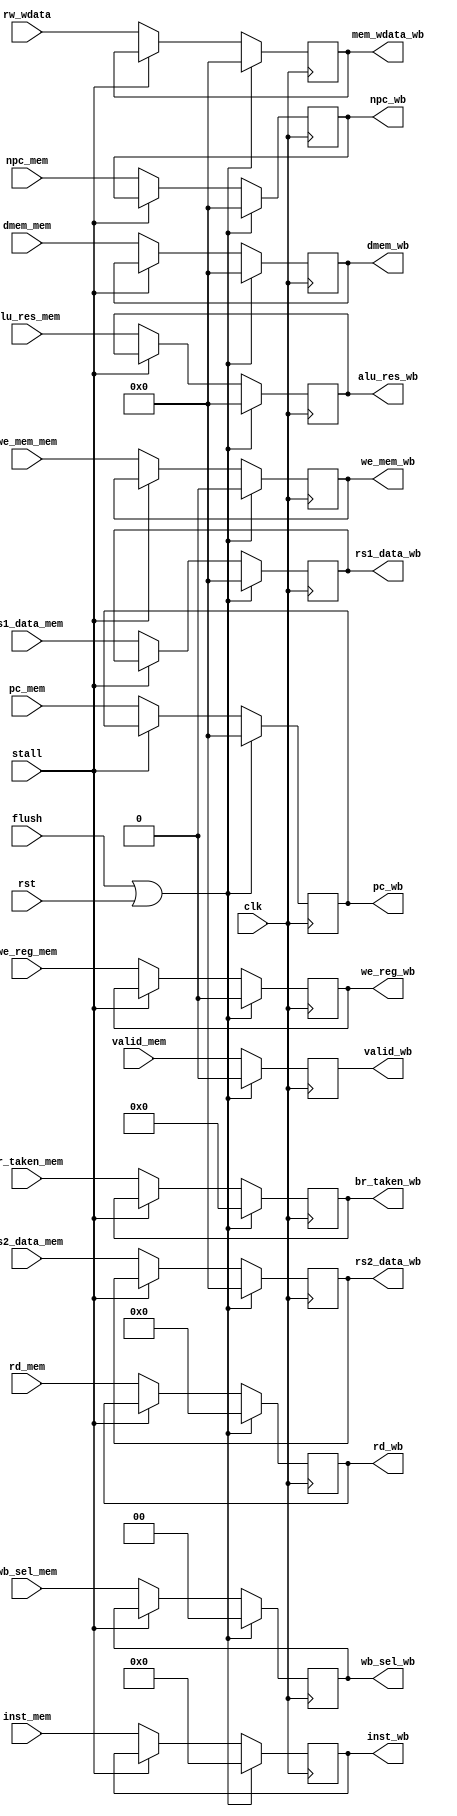
`timescale 1ns/1ps

module MEM_WB_Reg(
    input clk,
    input flush,
    input stall,
    input rst,
    input valid_mem,
    output reg valid_wb,
//
    input [63:0]pc_mem,
    input [63:0]npc_mem,
    input [31:0]inst_mem,
    output reg [63:0]pc_wb,   
    output reg [63:0]npc_wb,
    output reg [31:0]inst_wb,
//
    input we_reg_mem,
    input we_mem_mem,
    input [1:0]wb_sel_mem,
    input [3:0]br_taken_mem,
    output reg we_reg_wb,
    output reg we_mem_wb,
    output reg [1:0]wb_sel_wb,
    output reg [3:0]br_taken_wb,
//
    input [4:0]rd_mem,
    input [63:0]alu_res_mem,
    input [63:0]dmem_mem,
    input [63:0]rs1_data_mem,
    input [63:0]rs2_data_mem,
    input [63:0]rw_wdata,
    output reg [4:0]rd_wb,
    output reg [63:0]alu_res_wb,
    output reg [63:0]dmem_wb,
    output reg [63:0]rs1_data_wb,
    output reg [63:0]rs2_data_wb,
    output reg [63:0]mem_wdata_wb
);

    always @(posedge clk) begin
        if (flush || rst) begin  //
            pc_wb <= 0;
            npc_wb <= 0;
            inst_wb <= 0;
            valid_wb <= 0;
            
            we_reg_wb <= 0;
            we_mem_wb <= 0;
            wb_sel_wb <= 0;
            br_taken_wb <= 0;

            rd_wb <= 0;
            alu_res_wb <= 0;
            dmem_wb <= 0; 
            rs1_data_wb <= 0;
            rs2_data_wb <= 0;
            mem_wdata_wb <= 0;
        end
        else begin      //
            if (stall) begin
                pc_wb <= pc_wb;
                npc_wb <= npc_wb;
                inst_wb <= inst_wb;
                valid_wb <= valid_mem;
                
                we_reg_wb <= we_reg_wb;
                we_mem_wb <= we_mem_wb;
                wb_sel_wb <= wb_sel_wb;
                br_taken_wb <= br_taken_wb;

                rd_wb <= rd_wb;
                alu_res_wb <= alu_res_wb;
                dmem_wb <= dmem_wb; 
                rs1_data_wb <= rs1_data_wb;
                rs2_data_wb <= rs2_data_wb;      
                mem_wdata_wb <= mem_wdata_wb;     
            end
            else begin
                pc_wb <= pc_mem;
                npc_wb <= npc_mem;
                inst_wb <= inst_mem;
                valid_wb <= valid_mem;
                
                we_reg_wb <= we_reg_mem;
                we_mem_wb <= we_mem_mem;
                wb_sel_wb <= wb_sel_mem;
                br_taken_wb <= br_taken_mem;
                
                rd_wb <= rd_mem;
                alu_res_wb <= alu_res_mem;
                dmem_wb <= dmem_mem;
                rs1_data_wb <= rs1_data_mem;
                rs2_data_wb <= rs2_data_mem;
                mem_wdata_wb <= rw_wdata;
            end
        end
    end

endmodule